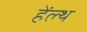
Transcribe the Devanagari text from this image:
हेंल्थ